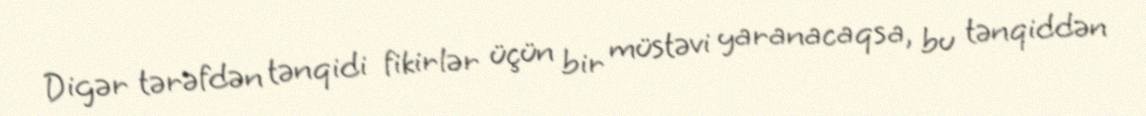
Digər tərəfdən tənqidi fikirlər üçün bir müstəvi yaranacaqsa, bu tənqiddən